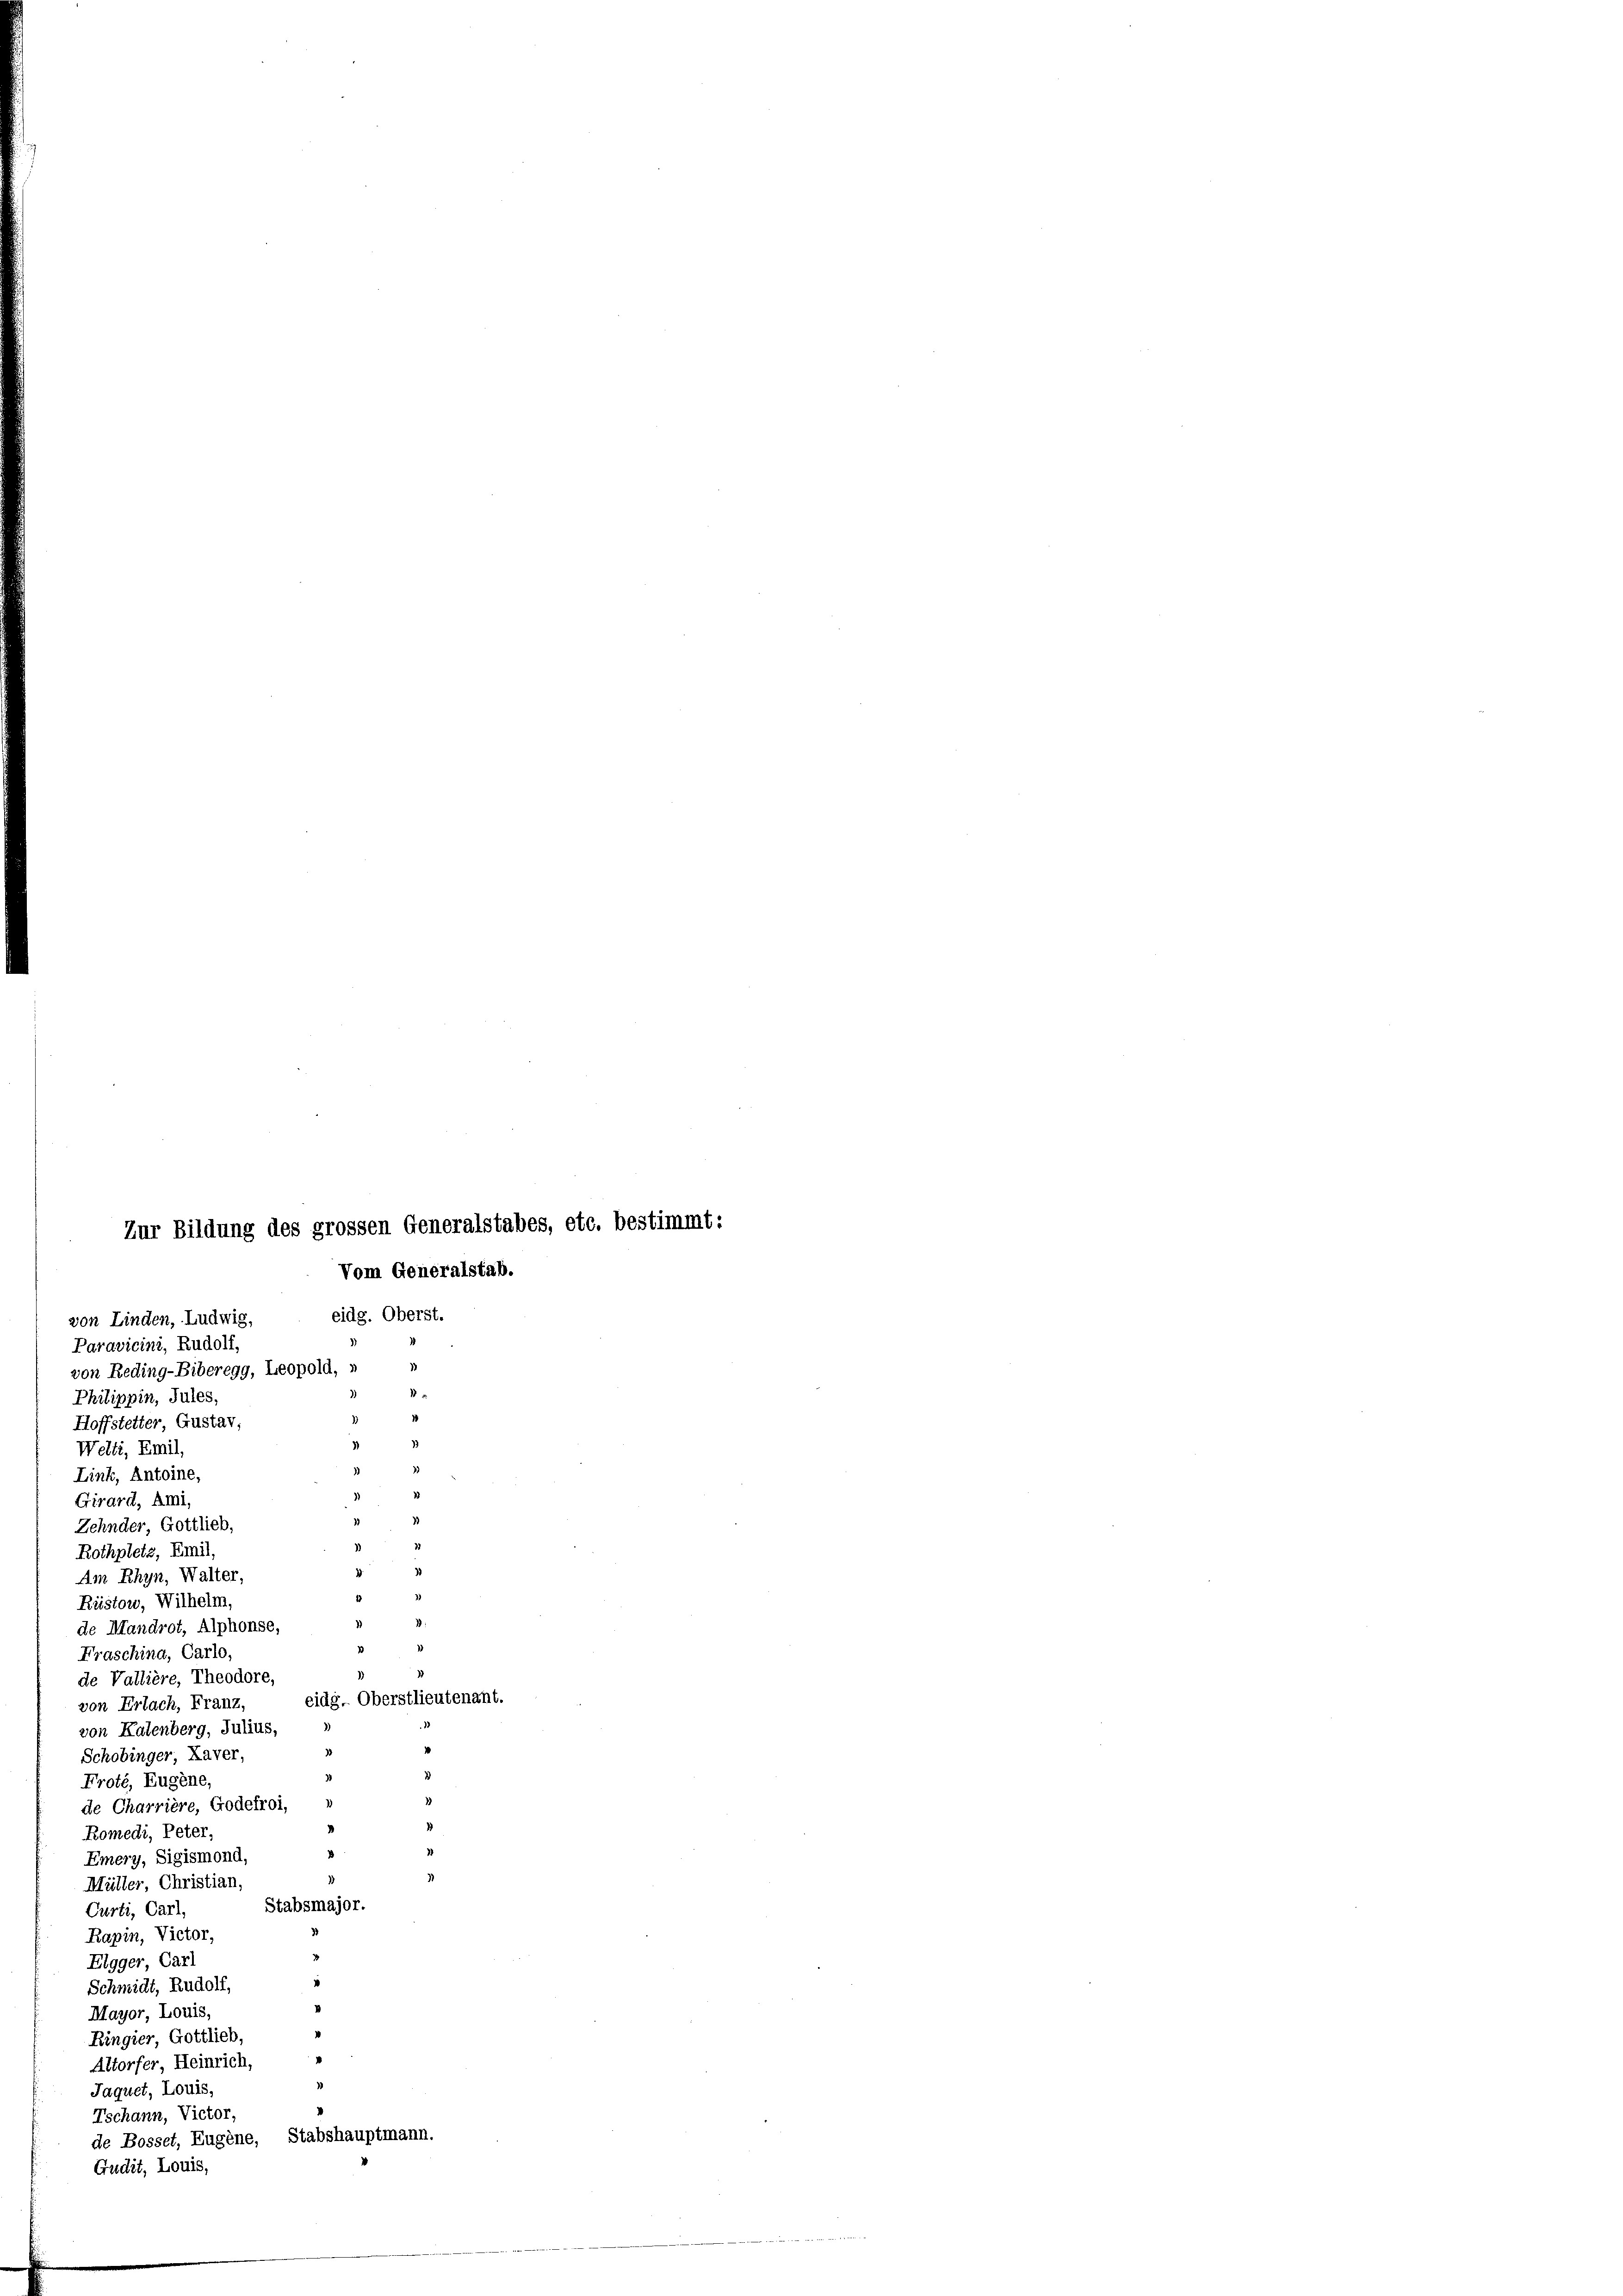
Vom Generalstab.
eidg. Oberst.
von Linden, Ludwig,
Paravicini, Rudolf,
1
von Reding-Biberegg, Leopold,
1
Philippin, Jules,
1
Hoffstetter, Gustav,
Welti, Emil,
Link, Antoine,
Girard, Ami,
Zehnder, Gottlieb,
Rothpletz, Emil,
Am Rhyn, Walter,
Rüstow, Wilhelm,
de Mandrot, Alphonse,
Fraschina, Carlo,
de Vallière, Theodore,
eidg. Oberstlieutenant.
von Erlach, Franz,
von Kalenberg, Julius,
Schobinger, Laver,
Froté, Eugene,
de Charrière, Godefroi,
Romedi, Peter,
Emery, Sigismond,
Müller, Christian,
Stabsmajor.
Curti, Carl,
Rapin, Victor,
Elgger, Carl
Schmidt, Rudolf,
Mayor, Louis,
Ringier, Gottlieb,
.
Altorfer, Heinrich,
Jaquet, Louis,
Tschann, Victor,
de Bosset, Eugene, Stabshauptmann.
Gudit, Louis,

Zur Bildung des grossen Generalstabes, etc. bestimmt: